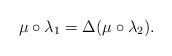
LaTeX: \begin{gather*}\mu\circ\lambda_1=\Delta(\mu\circ\lambda_2).\end{gather*}